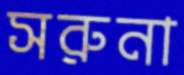
সরুনা